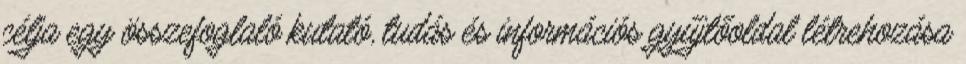
célja egy összefoglaló kutató, tudás és információs gyűjtőoldal létrehozása